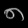
Digit: ၈